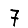
Digit: 7